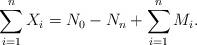
LaTeX: \begin{align*}\sum \limits_{i=1}^n{X_{i}}=N_{0}-N_{n}+\sum \limits_{i=1}^n{M_{i}}.\end{align*}